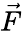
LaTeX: \vec{F}